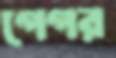
গেগর